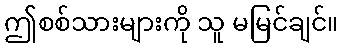
ဤစစ်သားများကို သူ မမြင်ချင်။